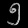
Digit: ၅